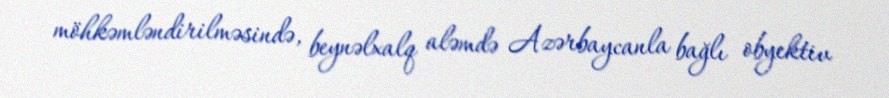
möhkəmləndirilməsində, beynəlxalq aləmdə Azərbaycanla bağlı obyektiv